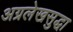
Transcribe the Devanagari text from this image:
अग्रलेखसुद्धा